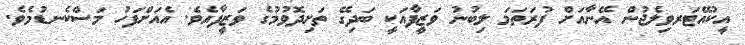
އީކުއޭޓަރވިލެޖުން އޭނާއަށް ފުރަތަމަ ލިބުނު ވަޒީފާއަކީ ބަދިގޭ ތަށިދޮވުމުގެ ވަޒީފާއެވެ. އެއަށްފަހު މަސްކެނޑުމެވެ.